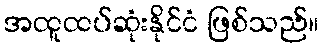
အထူထပ်ဆုံးနိုင်ငံ ဖြစ်သည်။